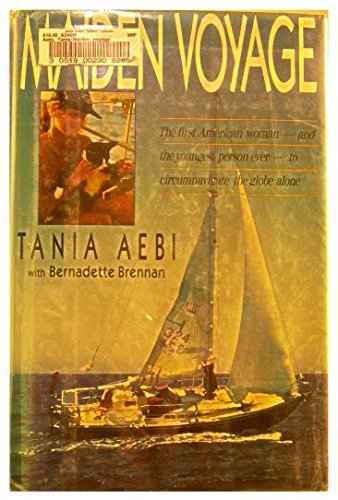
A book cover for Maiden Voyage; Tania Aebi; Travel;